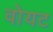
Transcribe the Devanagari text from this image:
वोयट